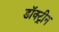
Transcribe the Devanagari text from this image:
डॉक्ट्रीन